Report on horse surra - Volume II, Part I
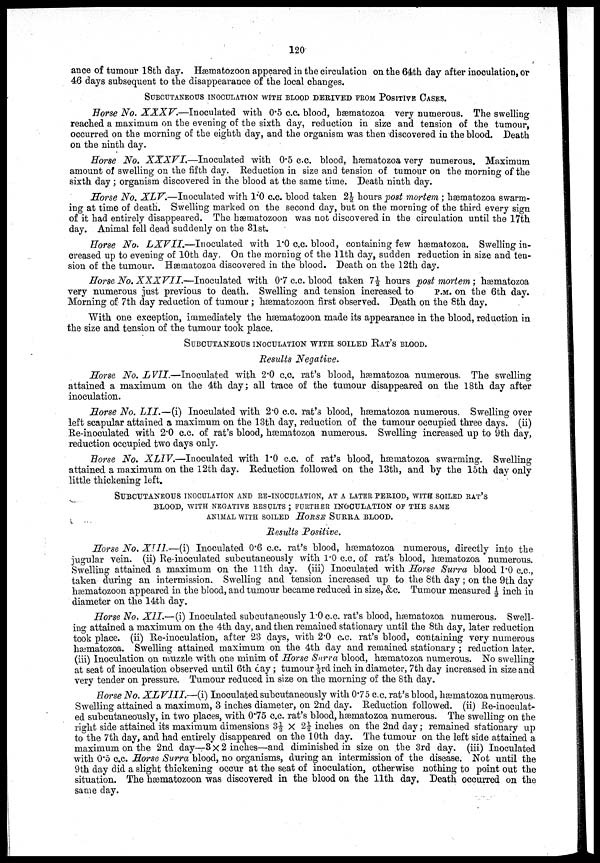
120
ance of tumour 18th day. Hæmatozoon appeared in the circulation on the 64th day after inoculation, or
46 days subsequent to the disappearance of the local changes.
SUBCUTANEOUS INOCULATION WITH BLOOD DERIVED FROM POSITIVE CASES.
Horse No. XXXV.—Inoculated
with 0.5 c.c. blood, hæmatozoa very numerous. The swelling
reached a maximum on the evening of the sixth day, reduction in size and tension of the tumour,
occurred on the morning of the eighth day, and the organism was then discovered in the blood. Death
on the ninth day.
Horse No. XXXVI.—Inoculated
with 0.5 c.c. blood, hæmatozoa very numerous. Maximum
amount of swelling on the fifth day. Reduction in size and tension of tumour on the morning of the
sixth day ; organism discovered in the blood at the same time. Death ninth day.
Horse No. XLV.—Inoculated with 1.0 c.c. blood taken 2½ hours post mortem ; hæmatozoa swarm-
ing at time of death. Swelling marked on the second day, but on the morning of the third every sign
of it had entirely disappeared. The hæmatozoon was not discovered in the circulation until the 17th
day. Animal fell dead suddenly on the 31st.
Horse No. LXVII.—Inoculated
with 1.0 c.c. blood, containing few hæmatozoa. Swelling in-
creased up to evening of 10th day. On the morning of the 11th day, sudden reduction in size and ten-
sion of the tumour. Hæmatozoa discovered in the blood. Death on the 12th day.
Horse No. XXXVII.—Inoculated
with 0.7 c.c. blood taken 7½ hours post mortem ; hæmatozoa
very numerous just previous to death. Swelling and tension increased to P.M. on the 6th day.
Morning of 7th day reduction of tumour ; hæmatozoon first observed. Death on the 8th day.
With one exception, immediately the hæmatozoon made its appearance in the blood, reduction in
the size and tension of the tumour took place.
SUBCUTANEOUS INOCULATION WITH SOILED RAT'S BLOOD.
Results Negative.
Horse No. LVII.—Inoculated
with 2.0 c.c. rat's blood, hæmatozoa numerous. The swelling
attained a maximum on the 4th day; all trace of the tumour disappeared on the 18th day after
inoculation.
Horse No. LII.—(i) Inoculated with 2.0 c.c. rat's blood, hæmatozoa numerous. Swelling over
left scapular attained a maximum on the 13th day, reduction of the tumour occupied three days. (ii)
Re-inoculated with 2.0 c.c. of rat's blood, hæmatozoa numerous. Swelling increased up to 9th day,
reduction occupied two days only.
Horse No. XLIV.—Inoculated with 1.0 c.c. of rat's blood, hæmatozoa swarming. Swelling
attained a maximum on the 12th day. Reduction followed on the 13th, and by the 15th day only
little thickening left.
SUBCUTANEOUS INOCULATION AND RE-INOCULATION, AT A LATE
BLOOD, WITH NEGATIVE RESULTS ; FURTHER INOCULATION OF TH
ANIMAL WITH SOILED HORSE SURRA BLOOD.
Results Positive.
Horse No. XIII.—(i) Inoculated 0.6 c.c. rat's blood, hæmatozoa numerous, directly into the
jugular vein. (ii) Re-inoculated subcutaneously with 1.0 c.c. of rat's blood, hæmatozoa numerous.
Swelling attained a maximum on the 11th day. (iii) Inoculated with Horse Surra blood 1.0 c.c.,
taken during an intermission. Swelling and tension increased up to the 8th day ; on the 9th day
hæmatozoon appeared in the blood, and tumour became reduced in size, &c. Tumour measured ½ inch in
diameter on the 14th day.
Horse No. XII.—(i) Inoculated subcutaneously 1.0 c.c. rat's blood, hæmatozoa numerous. Swell-
ing attained a maximum on the 4th day, and then remained stationary until the 8th day, later reduction
took place. (ii) Re-inoculation, after 23 days, with 2.0 c.c. rat's blood, containing very numerous
hæmatozoa. Swelling attained maximum on the 4th day and remained stationary ; reduction later.
(iii) Inoculation on muzzle with one minim of Horse Surra blood, hæmatozoa numerous. No swelling
at seat of inoculation observed until 6th day; tumour 1/3 rd inch in diameter, 7th day increased in size and
very tender on pressure. Tumour reduced in size on the morning of the 8th day.
Horse No. XLVIII.—(i)
Inoculated subcutaneously with 0.75 c.c. rat's blood, hæmatozoa numerous.
Swelling attained a maximum, 3 inches diameter, on 2nd day. Reduction followed. (ii) Re-inoculat-
ed subcutaneously, in two places, with 0.75 c.c. rat's blood, hæmatozoa numerous. The swelling on the
right side attained its maximum dimensions 3½ × 2½ inches on the 2nd day; remained stationary up
to the 7th day, and had entirely disappeared on the 10th day. The tumour on the left side attained a
maximum on the 2nd day—3 × 2 inches—and diminished in size on the 3rd day. (iii) Inoculated
with 0.5 c.c. Horse Surra blood, no organisms, during an intermission of the disease. Not until the
9 th day did a slight thickening occur at the seat of inoculation, otherwise nothing to point out the
situation. The hæmatozoon was discovered in the blood on the 11th day. Death occurred on the
same day.